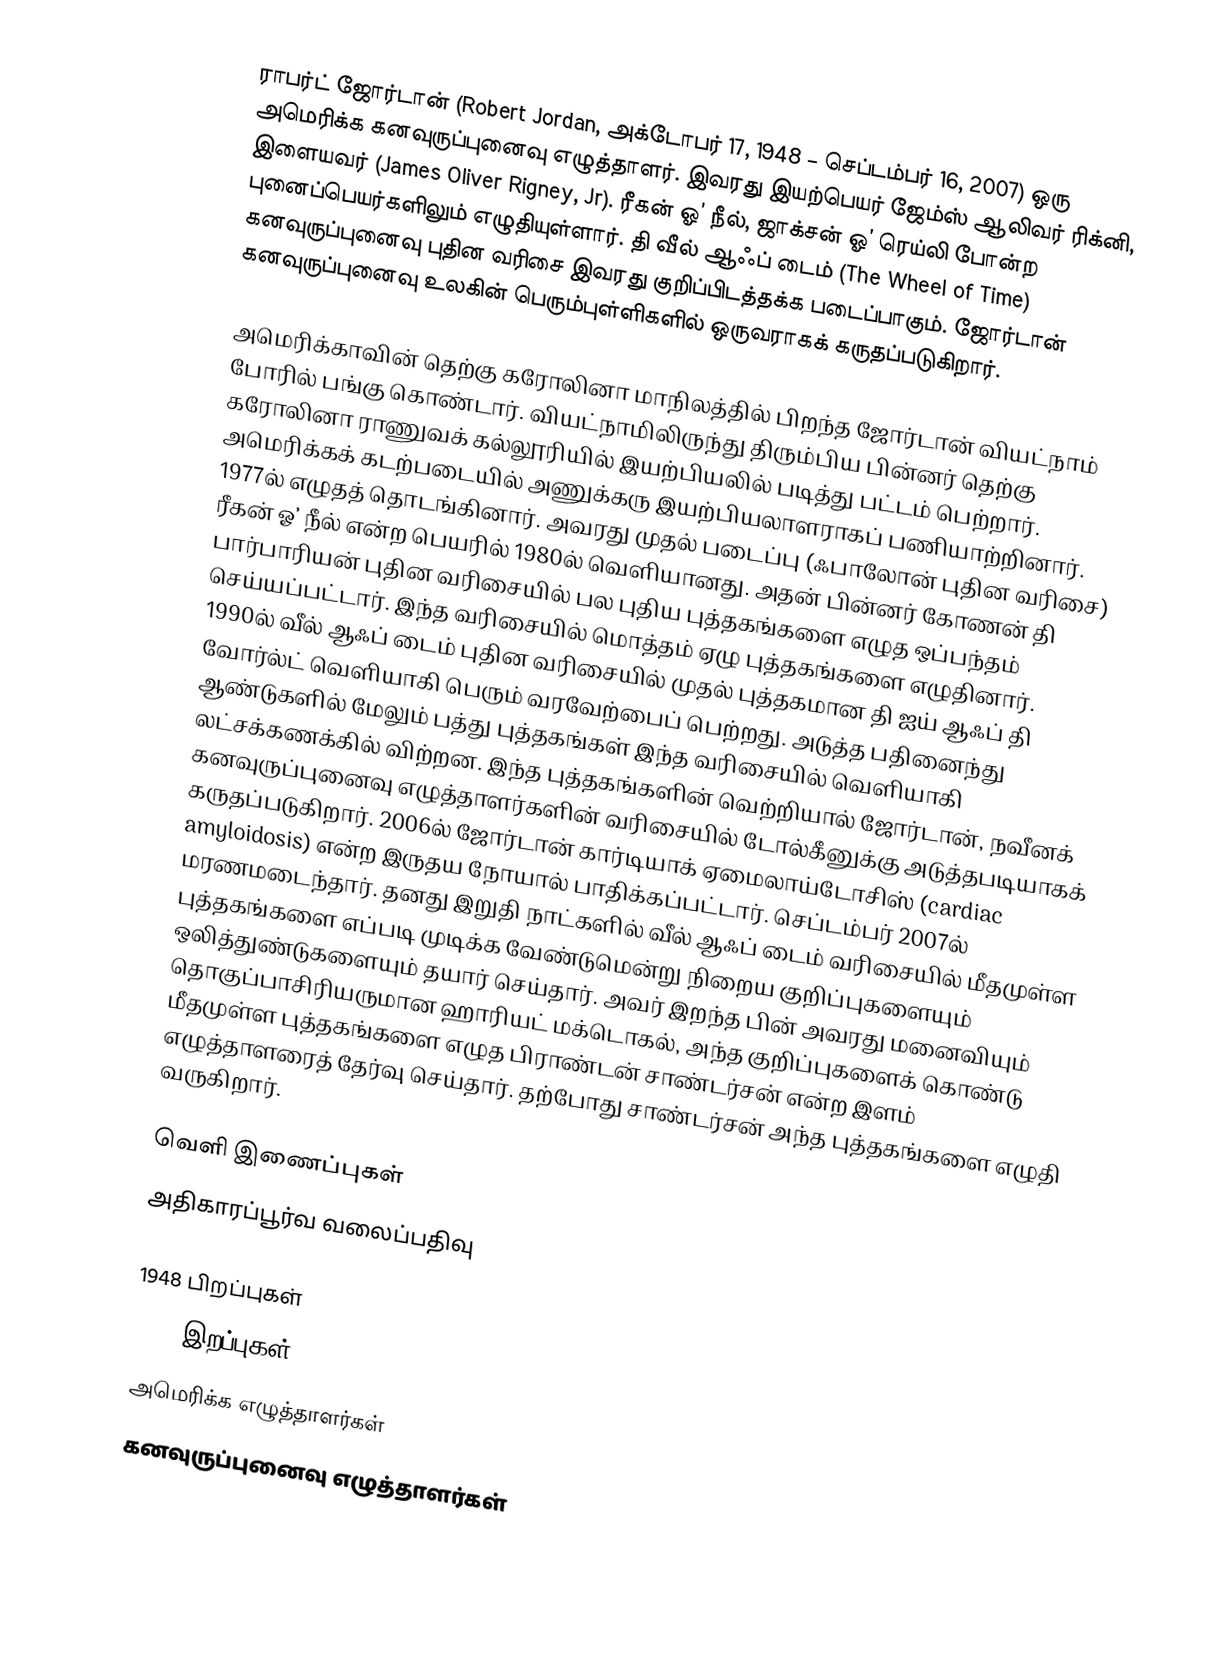
ராபர்ட் ஜோர்டான் (Robert Jordan, அக்டோபர் 17, 1948 – செப்டம்பர் 16, 2007) ஒரு அமெரிக்க கனவுருப்புனைவு எழுத்தாளர். இவரது இயற்பெயர் ஜேம்ஸ் ஆலிவர் ரிக்னி, இளையவர் (James Oliver Rigney, Jr). ரீகன் ஓ’ நீல், ஜாக்சன் ஓ’ ரெய்லி போன்ற புனைப்பெயர்களிலும் எழுதியுள்ளார். தி வீல் ஆஃப் டைம் (The Wheel of Time) கனவுருப்புனைவு புதின வரிசை இவரது குறிப்பிடத்தக்க படைப்பாகும். ஜோர்டான் கனவுருப்புனைவு உலகின் பெரும்புள்ளிகளில் ஒருவராகக் கருதப்படுகிறார்.

அமெரிக்காவின் தெற்கு கரோலினா மாநிலத்தில் பிறந்த ஜோர்டான் வியட்நாம் போரில் பங்கு கொண்டார். வியட்நாமிலிருந்து திரும்பிய பின்னர் தெற்கு கரோலினா ராணுவக் கல்லூரியில் இயற்பியலில் படித்து பட்டம் பெற்றார். அமெரிக்கக் கடற்படையில் அணுக்கரு இயற்பியலாளராகப் பணியாற்றினார். 1977ல் எழுதத் தொடங்கினார். அவரது முதல் படைப்பு (ஃபாலோன் புதின வரிசை) ரீகன் ஓ’ நீல் என்ற பெயரில் 1980ல் வெளியானது. அதன் பின்னர் கோணன் தி பார்பாரியன் புதின வரிசையில் பல புதிய புத்தகங்களை எழுத ஒப்பந்தம் செய்யப்பட்டார். இந்த வரிசையில் மொத்தம் ஏழு புத்தகங்களை எழுதினார். 1990ல் வீல் ஆஃப் டைம் புதின வரிசையில் முதல் புத்தகமான தி ஐய் ஆஃப் தி வோர்ல்ட் வெளியாகி பெரும் வரவேற்பைப் பெற்றது. அடுத்த பதினைந்து ஆண்டுகளில் மேலும் பத்து புத்தகங்கள் இந்த வரிசையில் வெளியாகி லட்சக்கணக்கில் விற்றன. இந்த புத்தகங்களின் வெற்றியால் ஜோர்டான், நவீனக் கனவுருப்புனைவு எழுத்தாளர்களின் வரிசையில் டோல்கீனுக்கு அடுத்தபடியாகக் கருதப்படுகிறார். 2006ல் ஜோர்டான் கார்டியாக் ஏமைலாய்டோசிஸ் (cardiac amyloidosis) என்ற இருதய நோயால் பாதிக்கப்பட்டார். செப்டம்பர் 2007ல் மரணமடைந்தார். தனது இறுதி நாட்களில் வீல் ஆஃப் டைம் வரிசையில் மீதமுள்ள புத்தகங்களை எப்படி முடிக்க வேண்டுமென்று நிறைய குறிப்புகளையும் ஒலித்துண்டுகளையும் தயார் செய்தார். அவர் இறந்த பின் அவரது மனைவியும் தொகுப்பாசிரியருமான ஹாரியட் மக்டொகல், அந்த குறிப்புகளைக் கொண்டு மீதமுள்ள புத்தகங்களை எழுத பிராண்டன் சாண்டர்சன் என்ற இளம் எழுத்தாளரைத் தேர்வு செய்தார். தற்போது சாண்டர்சன் அந்த புத்தகங்களை எழுதி வருகிறார்.

வெளி இணைப்புகள்
அதிகாரப்பூர்வ வலைப்பதிவு

1948 பிறப்புகள்
2007 இறப்புகள்
அமெரிக்க எழுத்தாளர்கள்
கனவுருப்புனைவு எழுத்தாளர்கள்